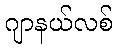
ဂျာနယ်လစ်